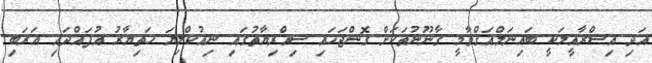
އަދި އިސްރާއީލަކީ ބައިނަލްއަޤްވާމީ ޤާނޫނުތަކަށް ގޮންޖަހައި ސިއްރިޔާތުގައި ނިއުކްލިޔަ ހަތިޔާރު އުފައްދައި ޢަރަބި